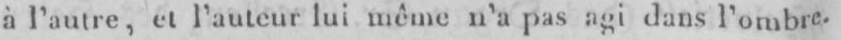
à l’autre, etl’auteur lui même n’a pas agi dans l’ombre.